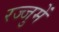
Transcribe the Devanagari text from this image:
रज्जुमें